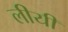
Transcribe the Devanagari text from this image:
लीयी